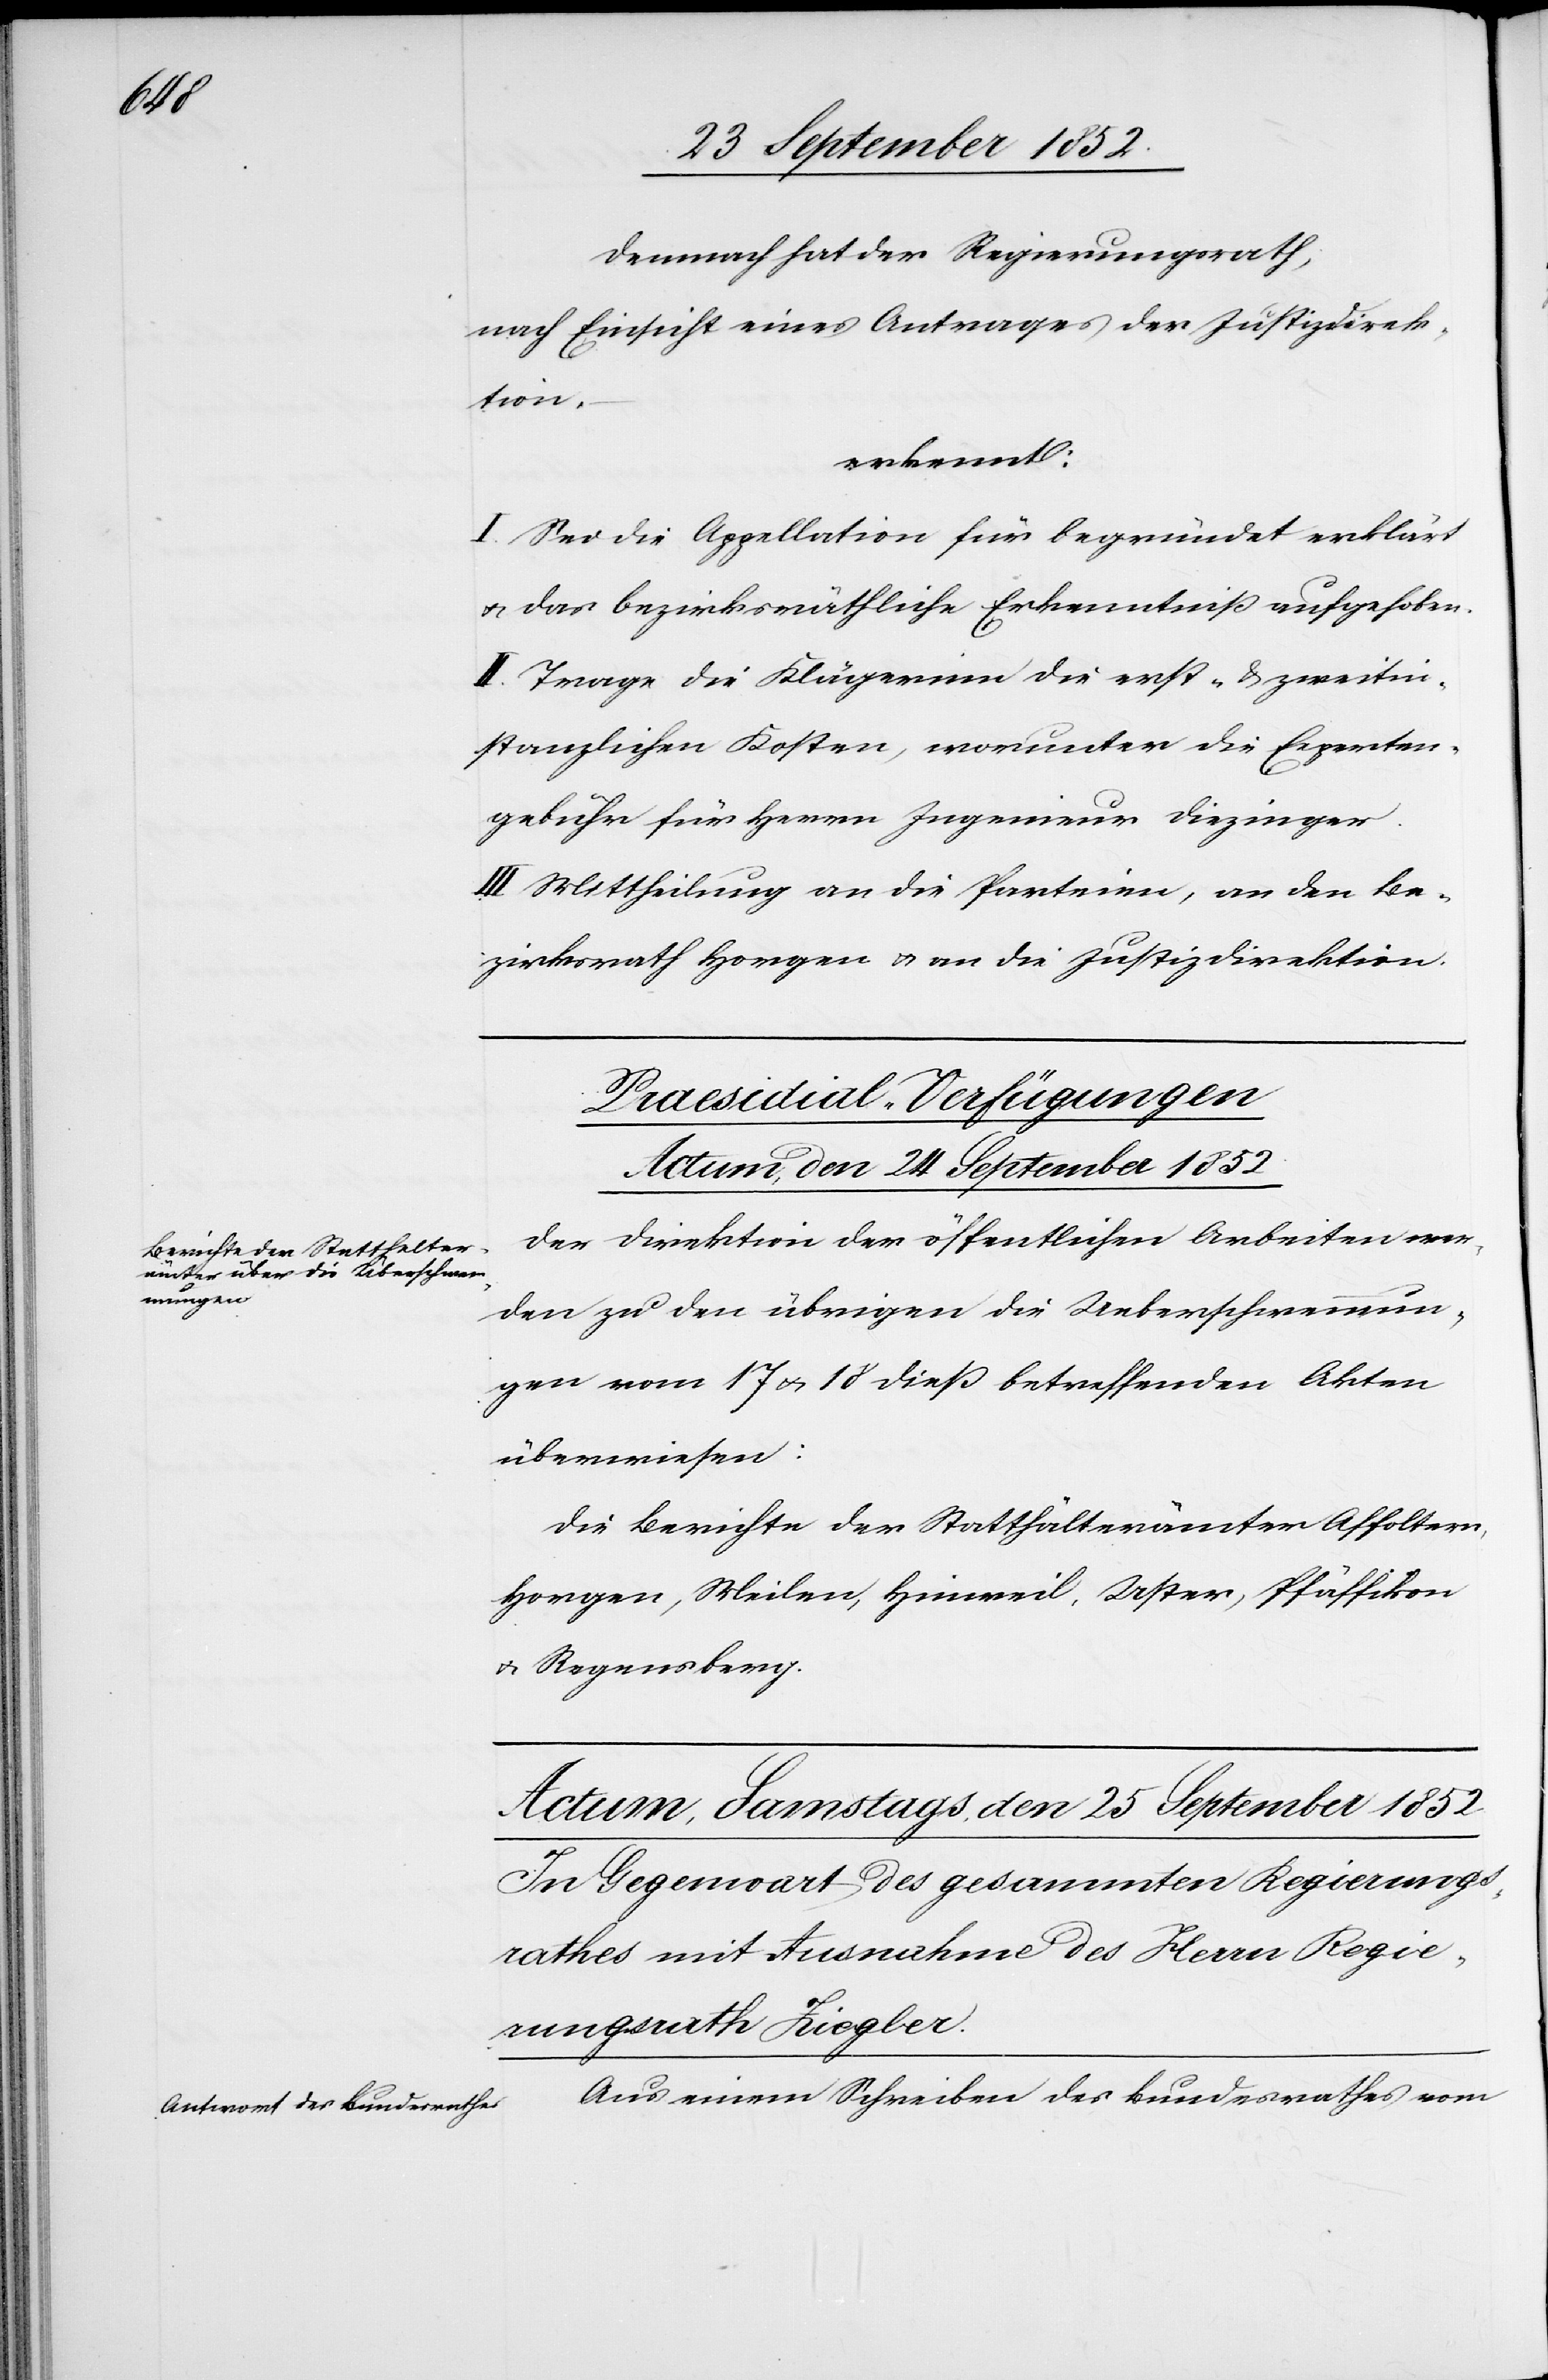
ämter

Berichte der Statthälter¬

Demnach hat der Regierungsrath,
nach Einsicht eines Antrages der Justizdirek¬
tion,
erkennt:
I. Sei die Appellation für begründet erklärt
& das bezirksräthliche Erkenntniß aufgehoben.
II. Trage die Klägerinn die erst- & zweitin¬
stanzlichen Kosten, worunter die Experten¬
gebühr für Herrn Ingenieur Diezinger.
III. Mittheilung an die Parteien, an den Be¬
zirksrath Horgen & an die Justizdirektion.
Praesidial-Verfügungen
Actum, den 24 September 1852
Der Direktion der öffentlichen Arbeiten wer¬
den zu den übrigen die Ueberschwemmun¬
gen vom 17 & 18 dieß betreffenden Akten
überwiesen:
Horgen, Meilen, Hinweil, Uster, Pfäffikon
& Regensberg.
Aus einem Schreiben des Bundesrathes vom